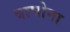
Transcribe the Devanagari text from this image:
वाघोना